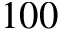
1 0 0